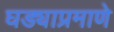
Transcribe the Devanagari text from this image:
घड्याप्रमाणे